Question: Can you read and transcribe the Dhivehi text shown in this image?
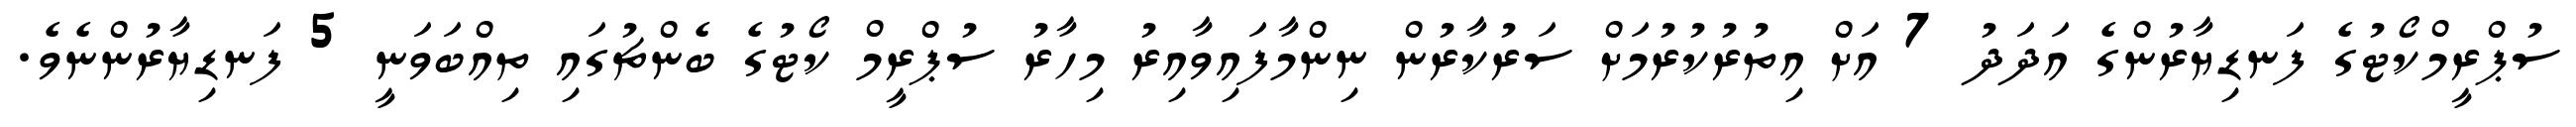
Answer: ސުޕްރީމްކޯޓުގެ ފަނޑިޔާރުންގެ އަދަދު 7 އަށް އިތުރުކުރުމަށް ސަރުކާރުން ނިންމާފައިވާއިރު މިހާރު ސުޕްރީމް ކޯޓުގެ ބެންޗުގައި ތިއްބަވަނީ 5 ފަނޑިޔާރުންނެވެ.